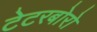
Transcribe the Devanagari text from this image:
टेटरबोरो